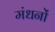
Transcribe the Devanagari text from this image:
मंधनों